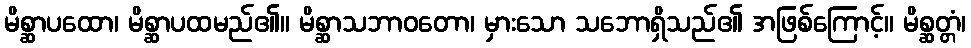
မိစ္ဆာပထော၊ မိစ္ဆာပထမည်၏။ မိစ္ဆာသဘာဝတော၊ မှားသော သဘောရှိသည်၏ အဖြစ်ကြောင့်။ မိစ္ဆတ္တံ၊